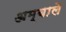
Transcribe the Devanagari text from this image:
अम्बाले